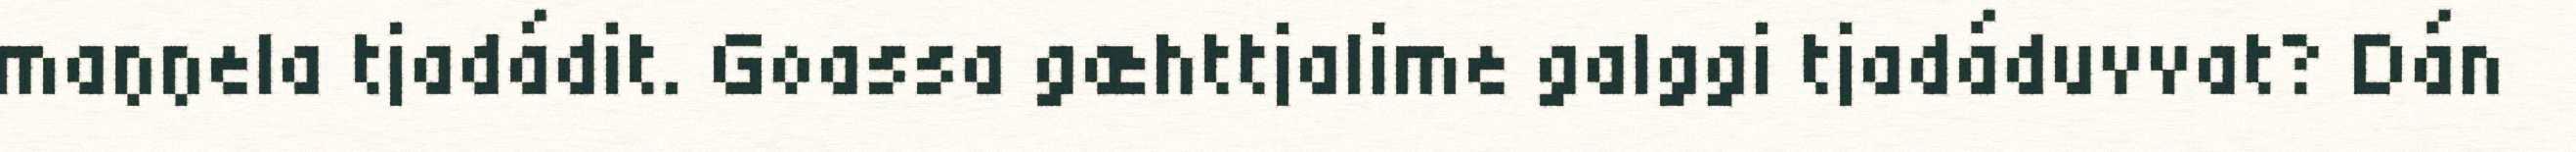
maŋŋela tjadádit. Goassa gæhttjalime galggi tjadáduvvat? Dán